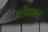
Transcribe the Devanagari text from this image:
परकिन्स